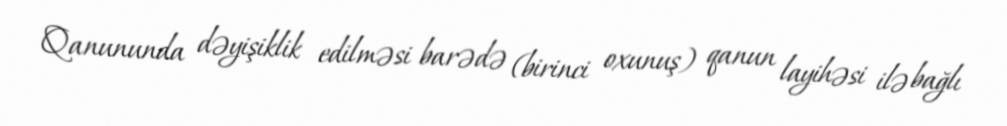
Qanununda dəyişiklik edilməsi barədə (birinci oxunuş) qanun layihəsi ilə bağlı